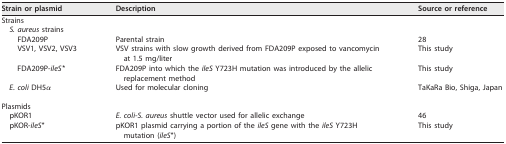
| Strain or plasmid | Description | Source or reference |
 | --- | --- | --- |
 | Strains |  |  |
 | S. aureus strains |  |  |
 | FDA209P | Parental strain | 28 |
 | VSV1, VSV2, VSV3 | VSV strains with slow growth derived from FDA209P exposed to vancomycin at 1.5 mg/liter | This study |
 | FDA209P-ileS* | FDA209P into which the ileS Y723H mutation was introduced by the allelic replacement method | This study |
 | E. coli DH5α | Used for molecular cloning | TaKaRa Bio, Shiga, Japan |
 | Plasmids |  |  |
 | pKOR1 | E. coli-S. aureus shuttle vector used for allelic exchange | 46 |
 | pKOR-ileS* | pKOR1 plasmid carrying a portion of the ileS gene with the ileS Y723H mutation (ileS*) | This study |